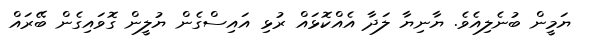
ޔަމީން ބުނެލިއެވެ. ޔާނިޔާ ލަދާ އެއްކޮޅައް ރުޅި އައިސްގެން ޔުލީން ގޮވައިގެން ބޭރައް